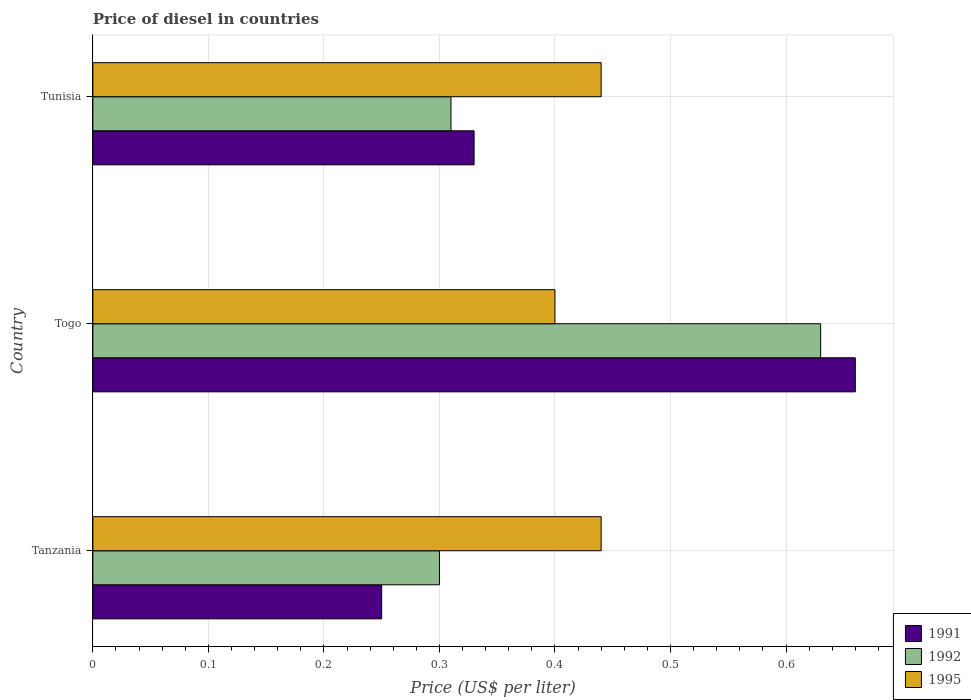
| Country | 1991 | 1992 | 1995 |
 | --- | --- | --- | --- |
 | Tanzania | 0.25 | 0.3 | 0.44 |
 | Togo | 0.66 | 0.63 | 0.4 |
 | Tunisia | 0.33 | 0.31 | 0.44 |